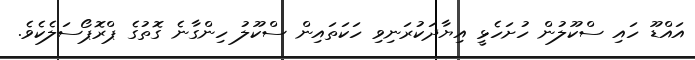
އައްޑޫ ހައި ސްކޫލުން ހުށަހެޅީ އިޔާދަކުރަނިވި ހަކަތައިން ސްކޫލު ހިންގާނެ ގޮތުގެ ޕްރޮޕޯސަލެކެވެ.